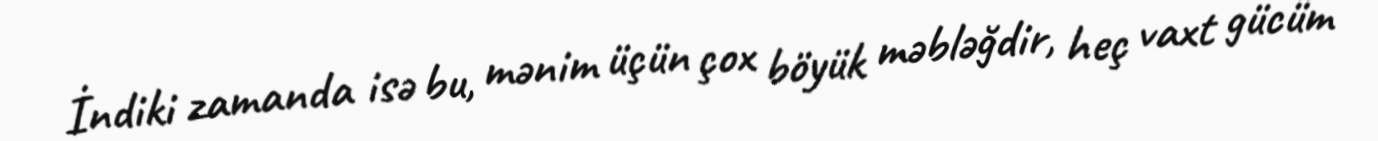
İndiki zamanda isə bu, mənim üçün çox böyük məbləğdir, heç vaxt gücüm